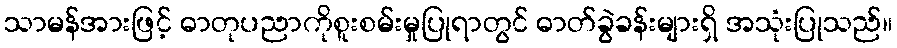
သာမန်အားဖြင့် ဓာတုပညာကိုစူးစမ်းမှုပြုရာတွင် ဓာတ်ခွဲခန်းများရှိ အသုံးပြုသည်။